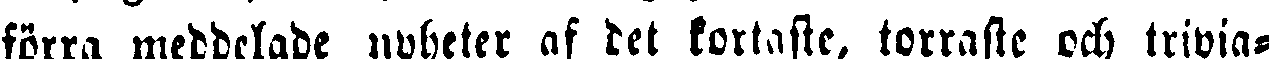
förra meddelade nyheter af det kortaste, torraste och trivia-